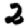
Digit: 2